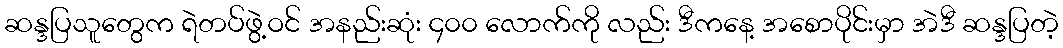
ဆန္ဒပြသူတွေက ရဲတပ်ဖွဲ့ဝင် အနည်းဆုံး ၄၀၀ လောက်ကို လည်း ဒီကနေ့ အစောပိုင်းမှာ အဲဒီ ဆန္ဒပြတဲ့